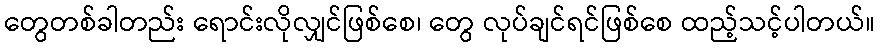
တွေတစ်ခါတည်း ရောင်းလိုလျှင်ဖြစ်စေ၊ တွေ လုပ်ချင်ရင်ဖြစ်စေ ထည့်သင့်ပါတယ်။